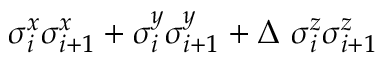
\sigma _ { i } ^ { x } \sigma _ { i + 1 } ^ { x } + \sigma _ { i } ^ { y } \sigma _ { i + 1 } ^ { y } + \Delta ~ \sigma _ { i } ^ { z } \sigma _ { i + 1 } ^ { z }